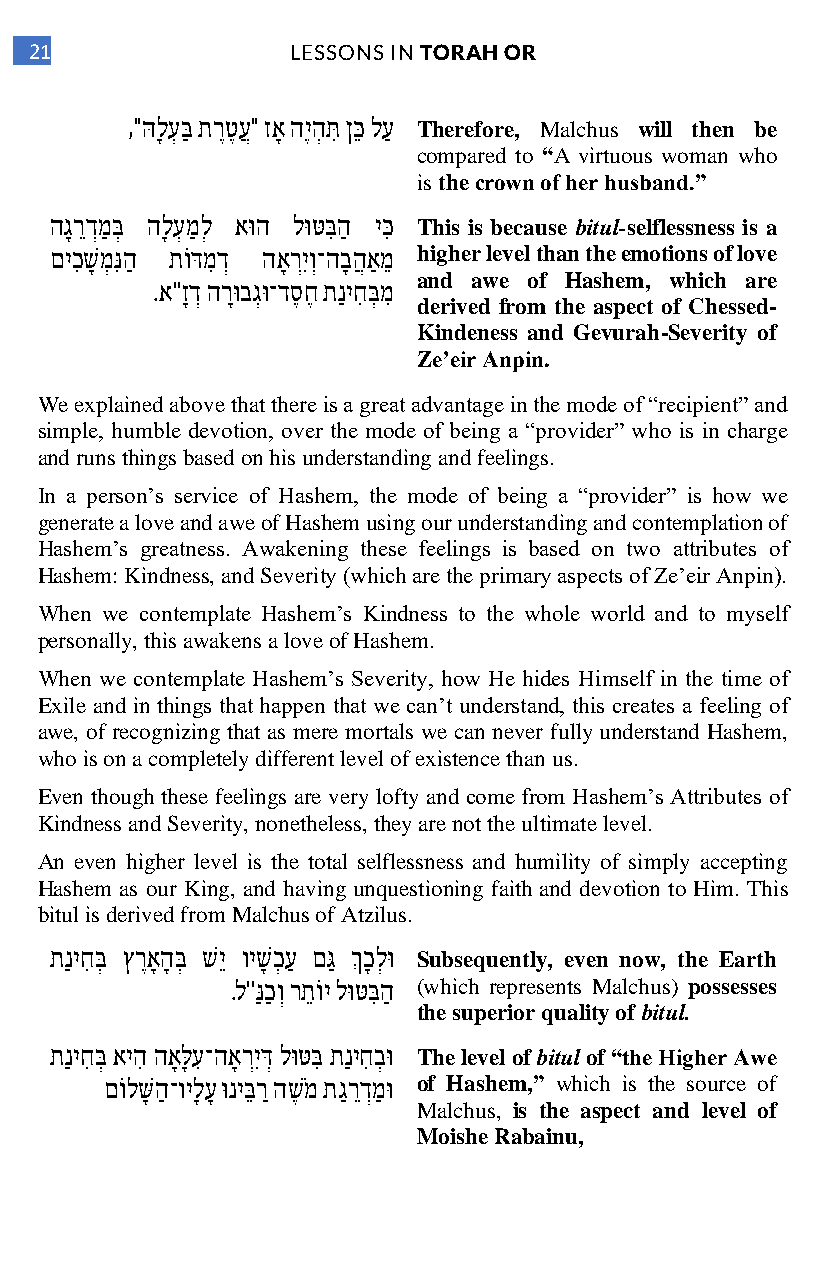
21               LESSONS IN TORAH OR
 ,"הּ לָ עְ בַּ תרֶטֶ עֲ " זאָ היֶ הְ תִּּ ןכֵּ לעַ Therefore, Malchus will then be
 compared to “A virtuous woman who
 is the crown of her husband.”
 הגָ רֵדְמַ בְּ הלָ עְ מַ לְ אוּ ה לוּ טּ בִּּ הַ יכִּּ This is because bitul-selflessness is a
 םיכִּ שָ מְ נִּּ הַ תו דּ מִּ דְ האָ רְיִּוְ־הבָ הֲ אַ מֵ higher level than the emotions of love
 and awe of Hashem, which are
 .א''זָדְ הרָוּ בגְוּ ־דסֶ חֶ תַניחִּ בְּ מִּ
 derived from the aspect of Chessed-
 Kindeness and Gevurah-Severity of
 Ze’eir Anpin.
 We explained above that there is a great advantage in the mode of “recipient” and
 simple, humble devotion, over the mode of being a “provider” who is in charge
 and runs things based on his understanding and feelings.
 In a person’s service of Hashem, the mode of being a “provider” is how we
 generate a love and awe of Hashem using our understanding and contemplation of
 Hashem’s greatness. Awakening these feelings is based on two attributes of
 Hashem: Kindness, and Severity (which are the primary aspects of Ze’eir Anpin).
 When we contemplate Hashem’s Kindness to the whole world and to myself
 personally, this awakens a love of Hashem.
 When we contemplate Hashem’s Severity, how He hides Himself in the time of
 Exile and in things that happen that we can’t understand, this creates a feeling of
 awe, of recognizing that as mere mortals we can never fully understand Hashem,
 who is on a completely different level of existence than us.
 Even though these feelings are very lofty and come from Hashem’s Attributes of
 Kindness and Severity, nonetheless, they are not the ultimate level.
 An even higher level is the total selflessness and humility of simply accepting
 Hashem as our King, and having unquestioning faith and devotion to Him. This
 bitul is derived from Malchus of Atzilus.
 תַניחִּ בְּ ץרֶאָ הָ בְּ ש יֵ וישָ כְ עַ םגַּ ךְ כָ לְ וּ Subsequently, even now, the Earth
 .ל''נַּ כַ וְ רתֵ ו י לוּ טּ בִּּ הַ (which represents Malchus) possesses
 the superior quality of bitul.
 תַניחִּ בְּ איהִּ האָ לָּ עִּ ־האָ רְיִּדְּ לוּ טּ בִּּ תַניחִּ בְ וּ The level of bitul of “the Higher Awe
 םו לשָּ הַ ־וילָ עָ וּ ניבֵּ רַ השֶ מ תגַ רֵדְמַ וּ of Hashem,” which is the source of
 Malchus, is the aspect and level of
 Moishe Rabainu,